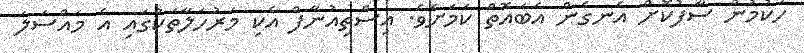
ހުކުމުން ސާފުކޮށް އެނގެން އެބައޮތް ކަމަށެވެ. އިސްތިއުނާފް އެކި މަރުހަލާތަކުގައި އެ މައްސަލަ